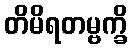
တိမိရတမ္ဗက္ခိ